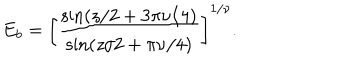
E _ { b } = \left[ \frac { \sin ( z / 2 + 3 \pi \nu / 4 ) } { \sin ( z / 2 + \pi \nu / 4 ) } \right] ^ { 1 / \nu } .